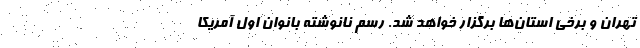
تهران و برخی استان‌ها برگزار خواهد شد. رسم نانوشته بانوان اول آمریکا